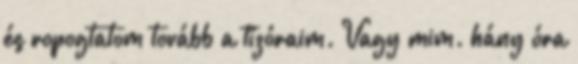
és ropogtatom tovább a tízóraim. Vagy mim. hány óra